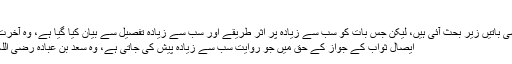
پڑھیئے 2
قرآن مجید میں بہت سی باتیں زیر بحث آئی ہیں، لیکن جس بات کو سب سے زیادہ پر اثر طریقے اور سب سے زیادہ تفصیل سے بیان کیا گیا ہے، وہ آخرت کا معا� پڑھیئے 3
ایصال ثواب کے جواز کے حق میں جو روایت سب سے زیادہ پیش کی جاتی ہے، وہ سعد بن عبادہ رضی اللہ عنہ سے متعلق ہے۔